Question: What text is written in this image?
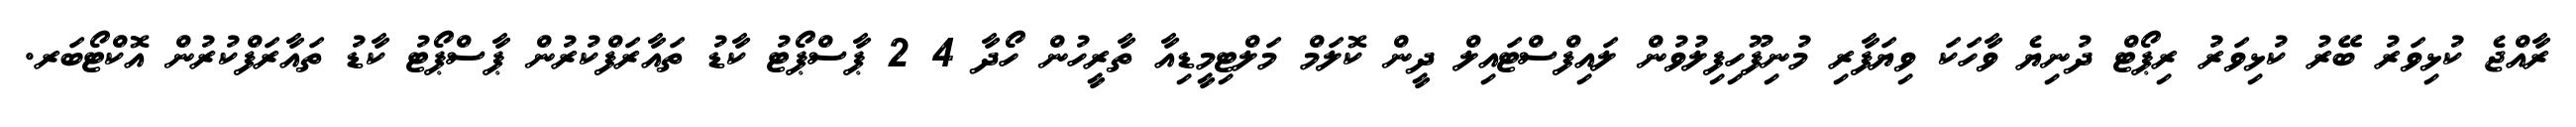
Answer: ރާއްޖެ ކުޅިވަރު ބޭރު ކުޅިވަރު ރިޕޯޓް ދުނިޔެ ވާހަކަ ވިޔަފާރި މުނިފޫހިފިލުވުން ލައިފްސްޓައިލް ދީން ކޮލަމް މަލްޓިމީޑިއާ ތާރީހުން ހޯދާ 4 2 ޕާސްޕޯޓު ކާޑު ތައާރަފްކުރުން ޕާސްޕޯޓު ކާޑު ތައާރަފްކުރުން އޮކްޓޯބަރ.